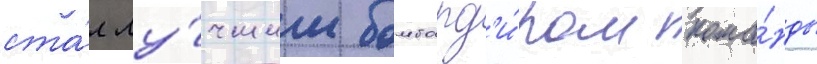
ста́л лу́чшим бомбард'и́ром кома́нды